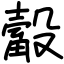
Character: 觳